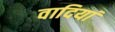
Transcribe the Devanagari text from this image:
वादियां